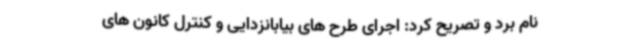
نام برد و تصریح کرد: اجرای طرح های بیابانزدایی و کنترل کانون های